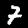
Digit: 7